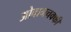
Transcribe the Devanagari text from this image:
ओवानचक्की